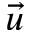
\vec { u }